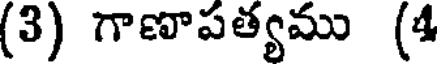
(3) గాణాపత్యము (4